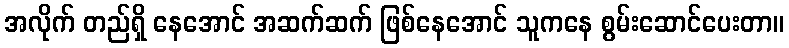
အလိုက် တည်ရှိ နေအောင် အဆက်ဆက် ဖြစ်နေအောင် သူကနေ စွမ်းဆောင်ပေးတာ။